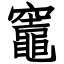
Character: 竈